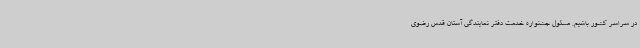
در سراسر کشور باشیم. مسئول جشنواره خدمت دفتر نمایندگی آستان قدس رضوی